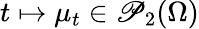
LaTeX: t\mapsto\mu_{t}\in\mathscr{P}_{2}(\Omega)